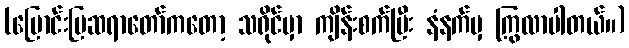
(မြောင်းမြဆရာတော်ကတော့ သရိုင်မှာ ကျိန်းစက်ပြီး နံနက်မှ ကြွလာပါတယ်။)